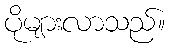
ပိုများလာသည်။